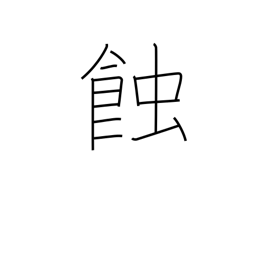
Meaning: eclipse